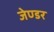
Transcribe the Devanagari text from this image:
जेण्डर